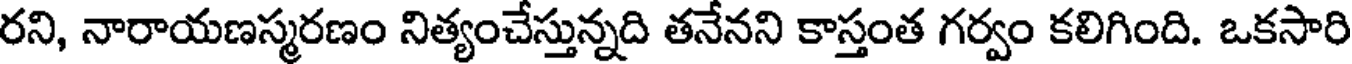
రని, నారాయణస్మరణం నిత్యంచేస్తున్నది తనేనని కాస్తంత గర్వం కలిగింది. ఒకసారి